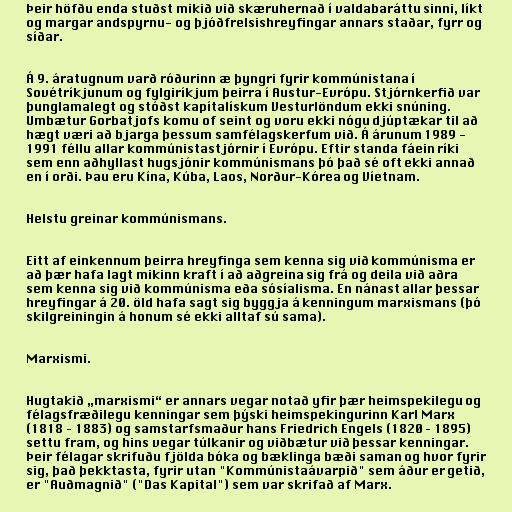
Þeir höfðu enda stuðst mikið við skæruhernað í valdabaráttu sinni, líkt
og margar andspyrnu- og þjóðfrelsishreyfingar annars staðar, fyrr og
síðar.

Á 9. áratugnum varð róðurinn æ þyngri fyrir kommúnistana í
Sovétríkjunum og fylgiríkjum þeirra í Austur-Evrópu. Stjórnkerfið var
þunglamalegt og stóðst kapítalískum Vesturlöndum ekki snúning.
Umbætur Gorbatjofs komu of seint og voru ekki nógu djúptækar til að
hægt væri að bjarga þessum samfélagskerfum við. Á árunum 1989 -
1991 féllu allar kommúnistastjórnir í Evrópu. Eftir standa fáein ríki
sem enn aðhyllast hugsjónir kommúnismans þó það sé oft ekki annað
en í orði. Þau eru Kína, Kúba, Laos, Norður-Kórea og Víetnam.

Helstu greinar kommúnismans.

Eitt af einkennum þeirra hreyfinga sem kenna sig við kommúnisma er
að þær hafa lagt mikinn kraft í að aðgreina sig frá og deila við aðra
sem kenna sig við kommúnisma eða sósíalisma. En nánast allar þessar
hreyfingar á 20. öld hafa sagt sig byggja á kenningum marxismans (þó
skilgreiningin á honum sé ekki alltaf sú sama).

Marxismi.

Hugtakið „marxismi“ er annars vegar notað yfir þær heimspekilegu og
félagsfræðilegu kenningar sem þýski heimspekingurinn Karl Marx
(1818 – 1883) og samstarfsmaður hans Friedrich Engels (1820 – 1895)
settu fram, og hins vegar túlkanir og viðbætur við þessar kenningar.
Þeir félagar skrifuðu fjölda bóka og bæklinga bæði saman og hvor fyrir
sig, það þekktasta, fyrir utan "Kommúnistaávarpið" sem áður er getið,
er "Auðmagnið" ("Das Kapital") sem var skrifað af Marx.